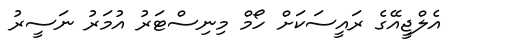
އެލްޖީއޭގެ ރައީސަކަށް ހޯމް މިނިސްޓަރު އުމަރު ނަސީރު